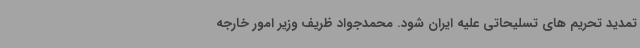
تمدید تحریم های تسلیحاتی علیه ایران شود. محمدجواد ظریف وزیر امور خارجه